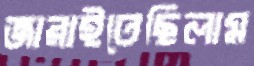
জারাইতেছিলাম